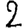
Digit: 2